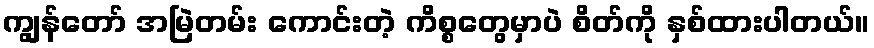
ကျွန်တော် အမြဲတမ်း ကောင်းတဲ့ ကိစ္စတွေမှာပဲ စိတ်ကို နှစ်ထားပါတယ်။